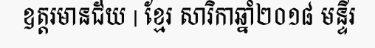
ឧត្តរមានជ័យ | ខ្មែរ សារិកាឆ្នាំ២០១៨ មន្ទីរ